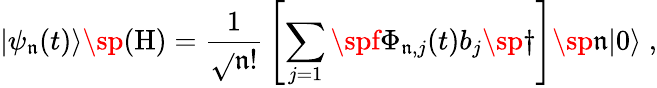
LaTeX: |\psi_{\mathfrak{n}}(t)\rangle\sp{(\mathrm{{H}})}={\frac{{1}}{{\sqrt{}{{\mathfrak{n}!}}}}}\left[\sum_{j=1}\spf\Phi_{\mathfrak{n},j}(t)b_{j}\sp{\dagger}\right]\sp\mathfrak{n}|0\rangle\; ,